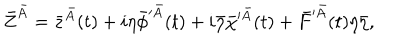
\bar { Z } ^ { \bar { A } } = \bar { z } ^ { \bar { A } } ( t ) + i \eta \bar { \phi } ^ { \prime \bar { A } } ( t ) + i \bar { \eta } \bar { \chi } ^ { \prime \bar { A } } ( t ) + \bar { F } ^ { \prime \bar { A } } ( t ) \eta \bar { \eta } ,